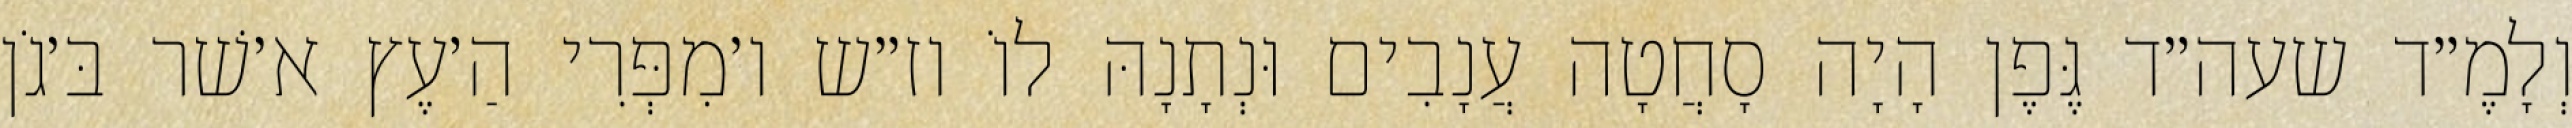
וְלָמֶ״ד שעה״ד גֶּפֶן הָיָה סָחֲטָה עֲנָבִים וּנְתָנָהּ לוֹ וז״ש ו׳מִפְּרִי הַ׳עֶץ א׳שׁר בּ׳גֹן